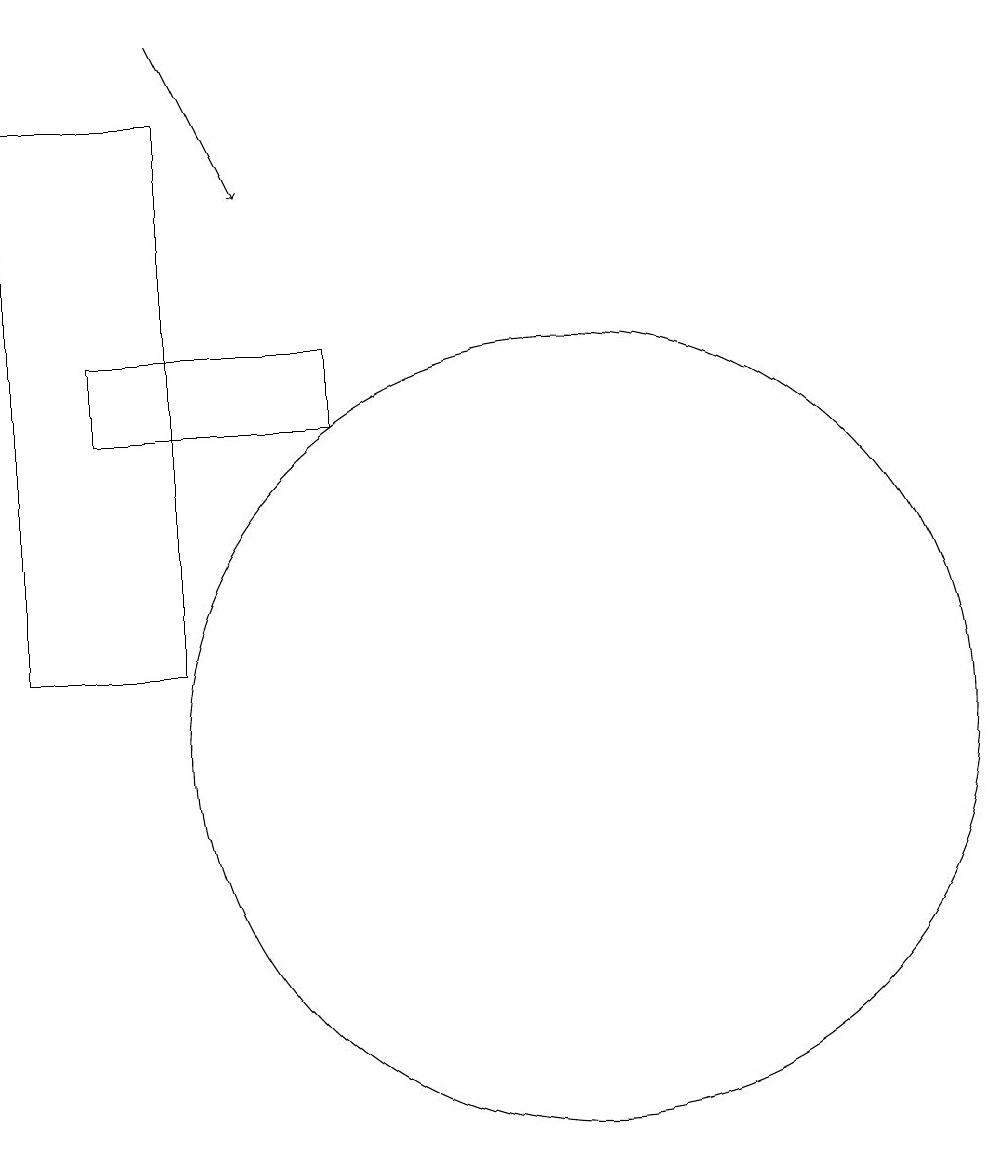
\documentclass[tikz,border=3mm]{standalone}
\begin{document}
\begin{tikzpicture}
\draw (11,10) circle (0);
\draw (10,10) circle (5);
\draw (5,11) rectangle (3,18);
\draw (4,15) rectangle (7,14);
\draw[->] (5,19) -- (6,17);
\draw (12,11) circle (0);
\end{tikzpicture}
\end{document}